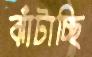
ঝাঁটাচ্ছি